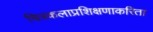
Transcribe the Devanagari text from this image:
चित्रकलाप्रशिक्षणाकरिता